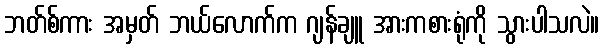
ဘတ်စ်ကား အမှတ် ဘယ်လောက်က ဂျန်ချူ အားကစားရုံကို သွားပါသလဲ။